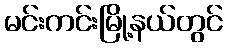
မင်းကင်းမြို့နယ်တွင်